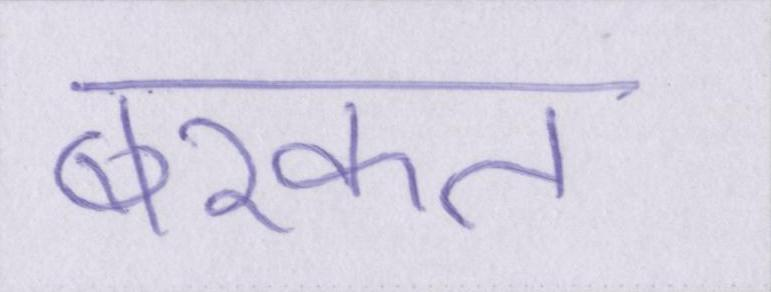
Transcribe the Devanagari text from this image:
बरकत